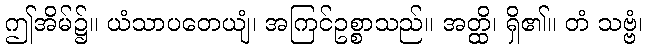
ဤအိမ်၌။ ယံသာပတေယျံ၊ အကြင်ဥစ္စာသည်။ အတ္ထိ၊ ရှိ၏။ တံ သဗ္ဗံ၊